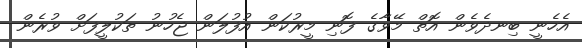
އެހެނީ ބިނދެވެން އޮތް މޭވާގެ ފޮނި މީރުކަން އުފުލަން ޖެހުނު ތަކުލީފަށް ވުރެން